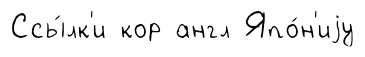
Ссы́лк'и кор англ Япо́н'иjу